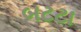
બટટા